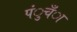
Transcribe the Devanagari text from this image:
पंुचँा